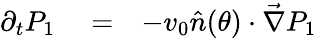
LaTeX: \begin{array}{rlr}{\partial_{t}P_{1}}&{{}=}&{-v_{0}\hat{n}(\theta)\cdot\vec{\nabla}P_{1}}\end{array}